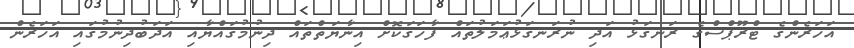
އަހަރެންގެ ޓްރޫޕްސްގެ ރަނގަޅު އަދި ނުރަނގަޅުޢަމަލުތައް ފާހަގަކޮށް އިނާޔަތްތައް ދިނުމުގައްޔާއި އަދަބުދިނުމުގައި އަހަރެން